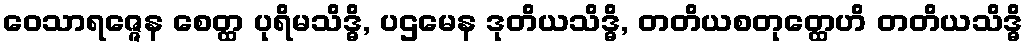
ဝေသာရဇ္ဇေန စေတ္ထ ပုရိမသိဒ္ဓိ, ပဌမေန ဒုတိယသိဒ္ဓိ, တတိယစတုတ္ထေဟိ တတိယသိဒ္ဓိ